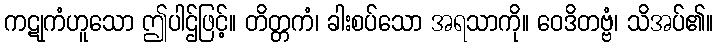
ကဋုကံဟူသော ဤပါဌ်ဖြင့်။ တိတ္တကံ၊ ခါးစပ်သော အရသာကို။ ဝေဒိတဗ္ဗံ၊ သိအပ်၏။